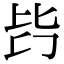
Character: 𣬃